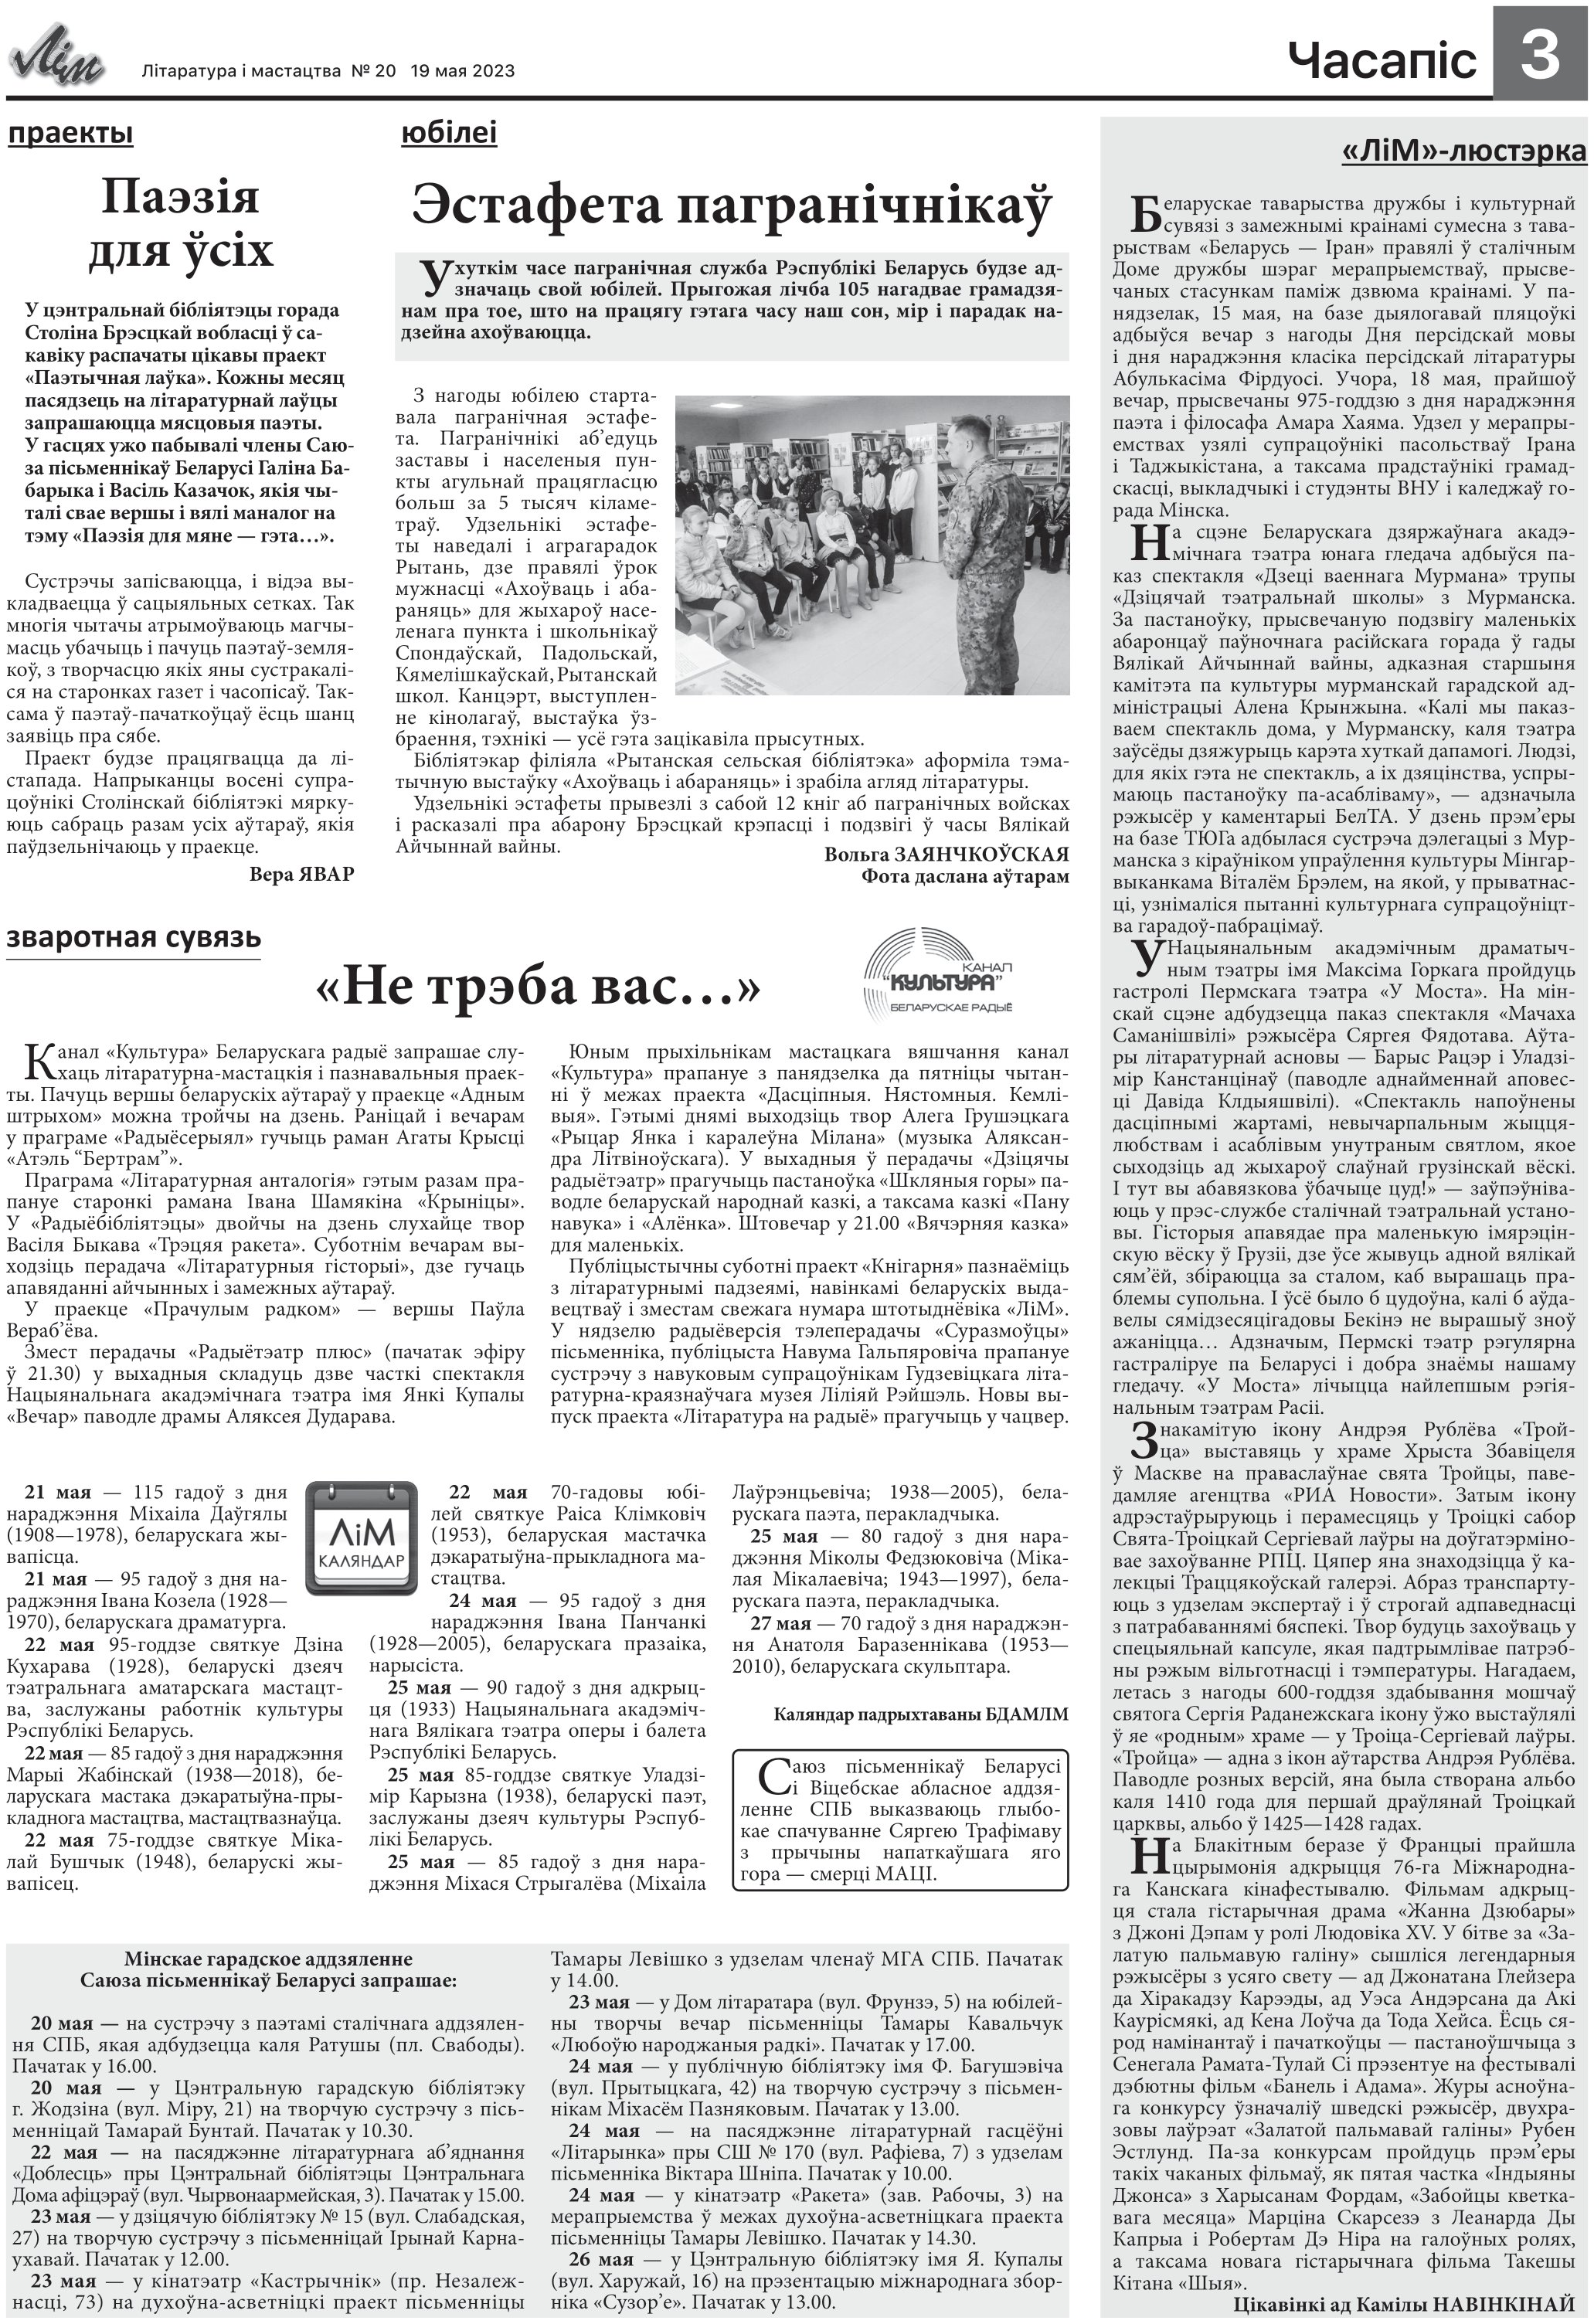
Language: be